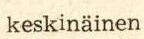
keskinäinen